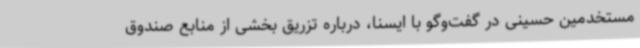
مستخدمین حسینی در گفت‌وگو با ایسنا، درباره تزریق بخشی از منابع صندوق